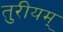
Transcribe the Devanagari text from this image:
तुरीयम्